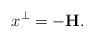
LaTeX: \begin{align*}x^{\bot}=-\mathbf{H}.\end{align*}